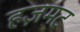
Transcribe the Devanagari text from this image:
हज़मट